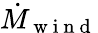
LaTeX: \dot{M}_{\mathrm{~w~i~n~d~}}